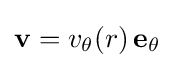
\mathbf {v} =v_{\theta }(r)\,\mathbf {e} _{\theta }